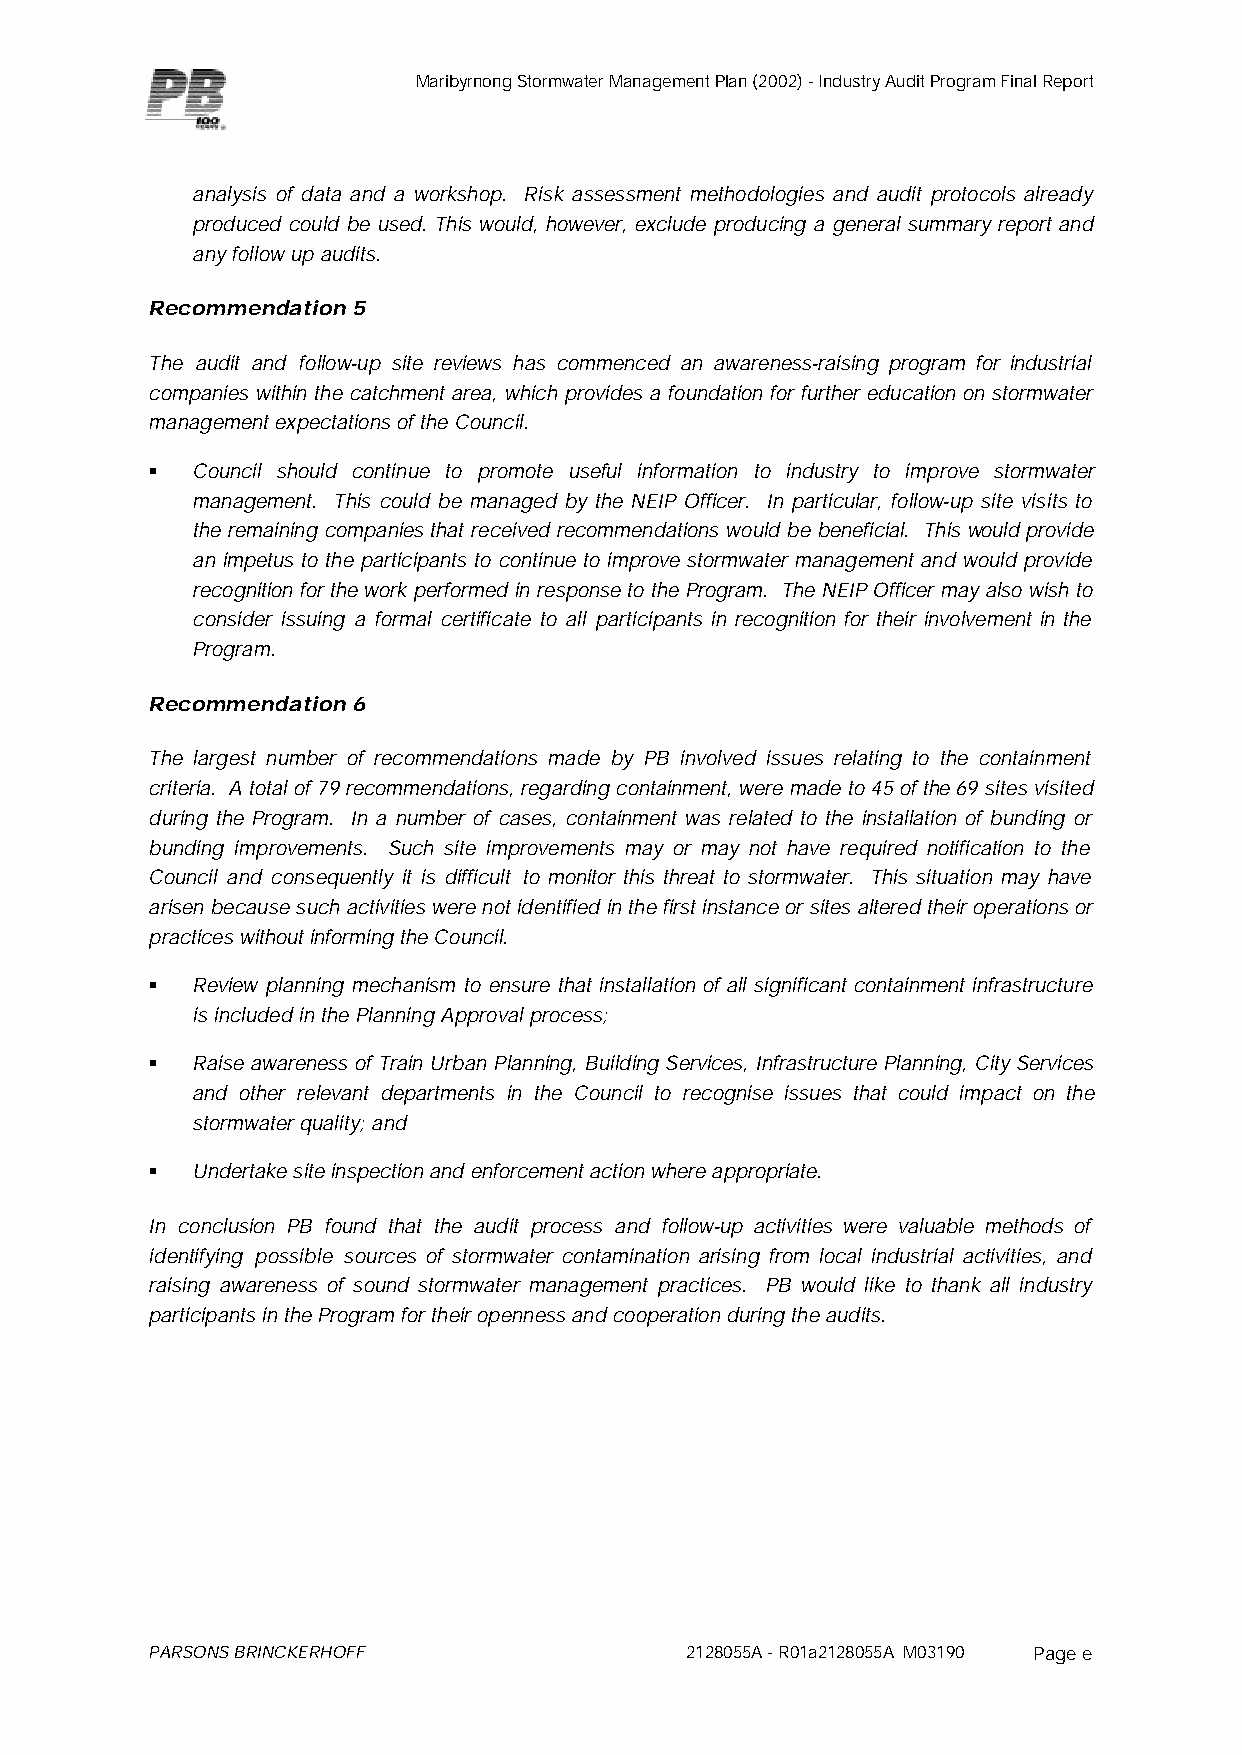
Maribyrnong Stormwater Management Plan (2002) - Industry Audit Program Final Report
 analysis of data and a workshop. Risk assessment methodologies and audit protocols already
 produced could be used. This would, however, exclude producing a general summary report and
 any follow up audits.
 Recommendation 5
 The audit and follow-up site reviews has commenced an awareness-raising program for industrial
 companies within the catchment area, which provides a foundation for further education on stormwater
 management expectations of the Council.
 §  Council should continue to promote useful information to industry to improve stormwater
 management. This could be managed by the NEIP Officer. In particular, follow-up site visits to
 the remaining companies that received recommendations would be beneficial. This would provide
 an impetus to the participants to continue to improve stormwater management and would provide
 recognition for the work performed in response to the Program. The NEIP Officer may also wish to
 consider issuing a formal certificate to all participants in recognition for their involvement in the
 Program.
 Recommendation 6
 The largest number of recommendations made by PB involved issues relating to the containment
 criteria. A total of 79 recommendations, regarding containment, were made to 45 of the 69 sites visited
 during the Program. In a number of cases, containment was related to the installation of bunding or
 bunding improvements. Such site improvements may or may not have required notification to the
 Council and consequently it is difficult to monitor this threat to stormwater. This situation may have
 arisen because such activities were not identified in the first instance or sites altered their operations or
 practices without informing the Council.
 §  Review planning mechanism to ensure that installation of all significant containment infrastructure
 is included in the Planning Approval process;
 §  Raise awareness of Train Urban Planning, Building Services, Infrastructure Planning, City Services
 and other relevant departments in the Council to recognise issues that could impact on the
 stormwater quality; and
 §  Undertake site inspection and enforcement action where appropriate.
 In conclusion PB found that the audit process and follow-up activities were valuable methods of
 identifying possible sources of stormwater contamination arising from local industrial activities, and
 raising awareness of sound stormwater management practices. PB would like to thank all industry
 participants in the Program for their openness and cooperation during the audits.
 PARSONS BRINCKERHOFF               2128055A - R01a2128055A M03190 Page e